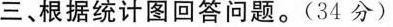
三、根据统计图回答问题。(34分)